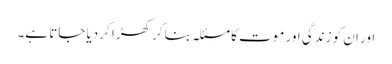
اور ان کو زندگی اور موت کا مسئلہ بنا کر کھڑا کر دیا جاتا ہے۔